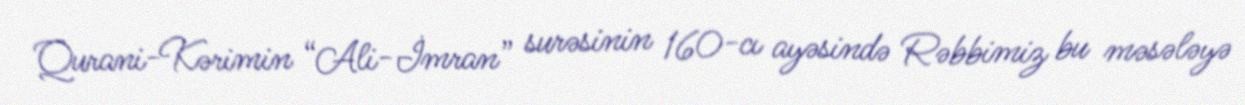
Qurani-Kərimin “Ali-İmran” surəsinin 160-cı ayəsində Rəbbimiz bu məsələyə